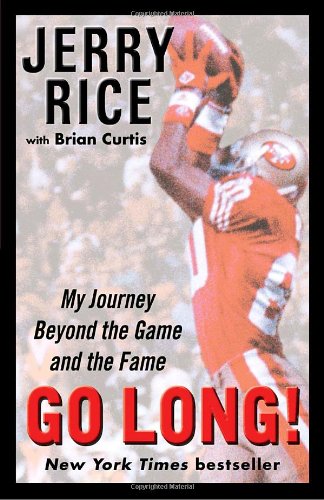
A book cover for Go Long!: My Journey Beyond the Game and the Fame; Jerry Rice; Biographies & Memoirs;